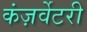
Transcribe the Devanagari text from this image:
कंज़र्वेटरी